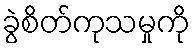
ခွဲစိတ်ကုသမှုကို